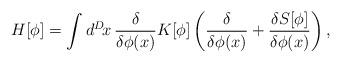
LaTeX: \begin{align*}H[\phi]=\int d^D\!x\,\frac{\delta}{\delta\phi(x)}K[\phi]\left(\frac{\delta}{\delta\phi(x)}+\frac{\delta S[\phi]}{\delta\phi(x)}\right),\end{align*}